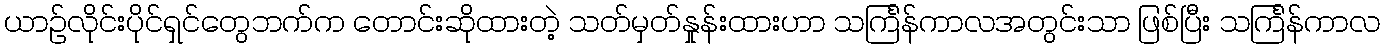
ယာဉ်လိုင်းပိုင်ရှင်တွေဘက်က တောင်းဆိုထားတဲ့ သတ်မှတ်နှုန်းထားဟာ သင်္ကြန်ကာလအတွင်းသာ ဖြစ်ပြီး သင်္ကြန်ကာလ